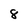
Character: 8